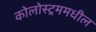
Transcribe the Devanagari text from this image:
कोलोस्ट्रममधील